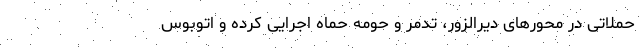
حملاتی در محورهای دیرالزور، تدمر و حومه حماه اجرایی کرده و اتوبوس